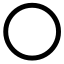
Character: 〇